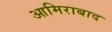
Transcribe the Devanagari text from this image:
आमिराबाद